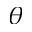
\theta